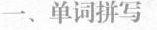
一、单词拼写